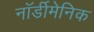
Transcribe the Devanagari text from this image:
नॉर्डीमेनिक